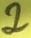
Text: 2